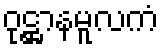
ဝုဋ္ဌာနမူလကံ